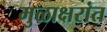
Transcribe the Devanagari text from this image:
मुळाक्षरांत